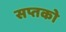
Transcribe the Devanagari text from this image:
सप्तको